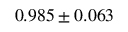
0 . 9 8 5 \pm 0 . 0 6 3